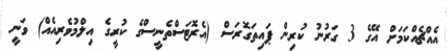
އެއްޗެއްކަމަށް އޭގެ 3 ގަރުނު ކުރިން ޕައިތަގޮރަސް (އެރޮޓަސްތެނީސްގެ ކުރީގެ އިލްމުވެރިއެއް) ވަނީ